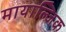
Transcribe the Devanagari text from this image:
मायाल्जिक